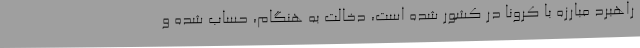
راهبرد مبارزه با کرونا در کشور شده است، دخالت به هنگام، حساب شده و